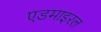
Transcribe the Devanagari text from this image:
एडमाइरल